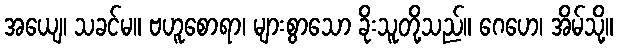
အယျေ၊ သခင်မ။ ဗဟူစောရာ၊ များစွာသော ခိုးသူတို့သည်။ ဂေဟေ၊ အိမ်သို့။